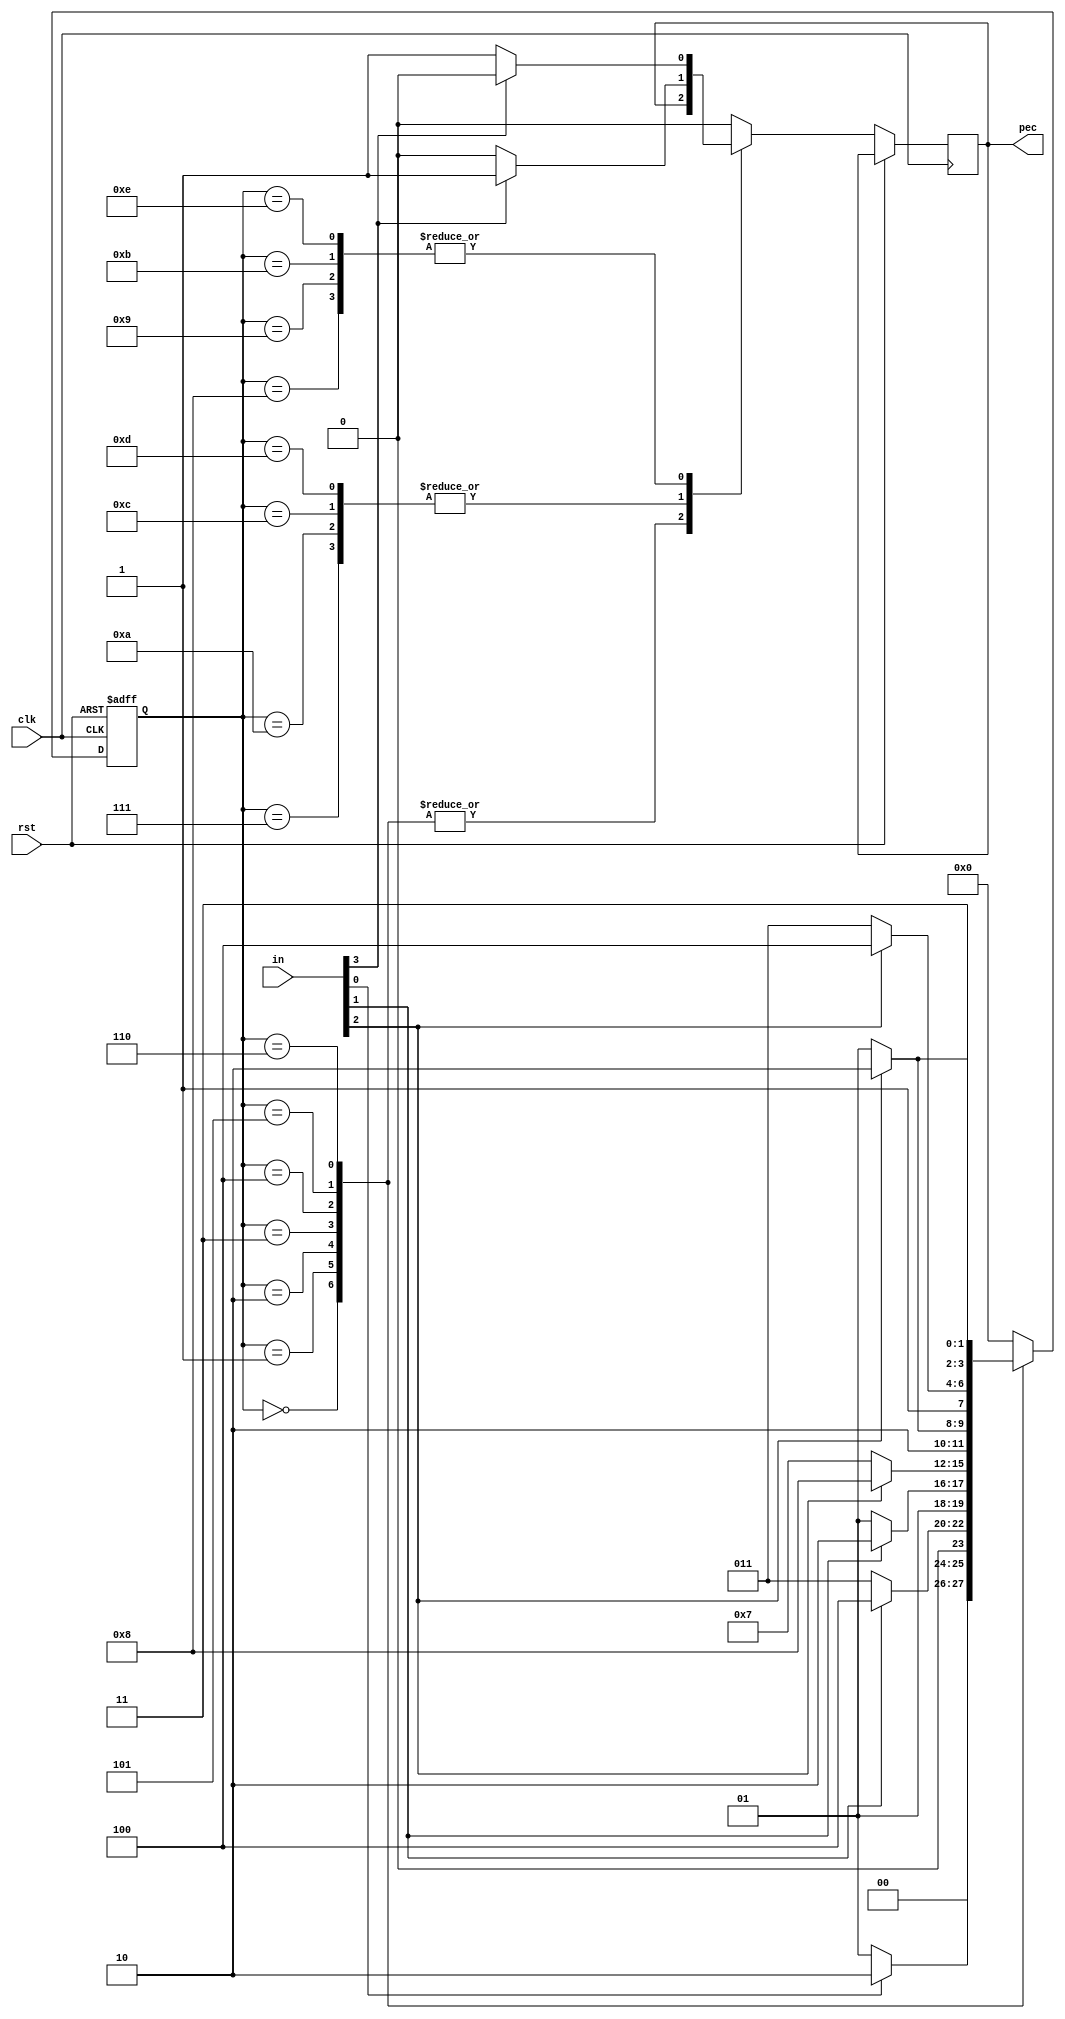
`timescale 1ns / 1ps
//////////////////////////////////////////////////////////////////////////////////
// Company: 
// Engineer: 
// 
// Design Name: 
// Module Name: carry
// Project Name: 
// Target Devices: 
// Tool Versions: 
// Description: 
// 
// Dependencies: 
// 
// Revision:
// Revision 0.01 - File Created
// Additional Comments:



module parity_checker(input clk, input rst, input [3:0]in, output reg pec);



    // Define current state and next state variables
    reg [3:0] ps_state;
    reg [3:0] ns_state;

    // Define register to count '1's
    

    // Define constants for state encodings
    parameter S0 = 4'b0000;
    parameter S1 = 4'b0001;
    parameter S2 = 4'b0010;
    parameter S3 = 4'b0011;
    parameter S4 = 4'b0100;
    parameter S5 = 4'b0101;
    parameter S6 = 4'b0110;
    parameter S7 = 4'b0111;
    parameter S8 = 4'b1000;
    parameter S9 = 4'b1001;
    parameter S10 =4'b1010;
    parameter S11 =4'b1011;
    parameter S12 =4'b1100;
    parameter S13 =4'b1101;
    parameter S14 =4'b1110;

    always @(posedge clk or posedge rst) begin
        if (rst) begin
            ps_state <= S0;
            ns_state <= S0;
        end 
        else
         begin
           ps_state=ns_state;
           case (ps_state)
           
           S0:
          begin
           ns_state <= in[0] ? S2 : S1;
          end
            
           S1:
          begin
           ns_state <= in[1] ? S4 : S3;
          end
        
          S2:
          begin
           ns_state <= in[1] ? S6 : S5;
          end

        
         S3:
          begin
           ns_state <= in[2] ? S8 : S7;
          end
        
         S4:
          begin
           ns_state <= in[2] ? S10 : S9;
          end
        
         S5:
          begin
           ns_state <= in[2] ? S12 : S11;
          end
        
          S6:
          begin
           ns_state <= in[2] ? S14 : S13;
          end
        
        
       S7:
          begin
           ns_state <= in[3] ? S0 : S0;
             pec <= in[3] ? 1:0;
          end
        
         S8:
          begin
           ns_state <= in[3] ? S0 : S0;
           pec <= in[3] ? 0:1;
          end
        
        
        S9:
          begin
           ns_state <= in[3] ? S0 : S0;
           pec <= in[3] ? 0:1;
          end
        
        S10:
          begin
           ns_state <= in[3] ? S0 : S0;
           pec <= in[3] ? 1:0;
          end
        
         S11:
          begin
           ns_state <= in[3] ? S0 : S0;
           pec <= in[3] ? 0:1;
          end
        
       S12:
          begin
           ns_state <= in[3] ? S0 : S0;
           pec <= in[3] ? 1:0;
          end
        
         S13:
          begin
           ns_state <= in[3] ? S0 : S0;
           pec <= in[3] ? 1:0;
          end
        
          S14:
          begin
           ns_state <= in[3] ? S0 : S0;
           pec <= in[3] ? 0:1;
          end
          
          default:begin
              ps_state <=S0;
              ns_state <= S0;
              pec <= 0;
             
            end
        endcase
        end
    end

   

endmodule